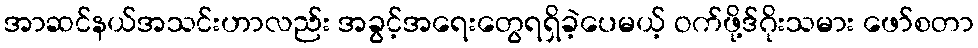
အာဆင်နယ်အသင်းဟာလည်း အခွင့်အရေးတွေရရှိခဲ့ပေမယ့် ဝက်ဖို့ဒ်ဂိုးသမား ဖော်စတာ